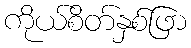
ကိုယ်စိတ်နှစ်ဖြာ